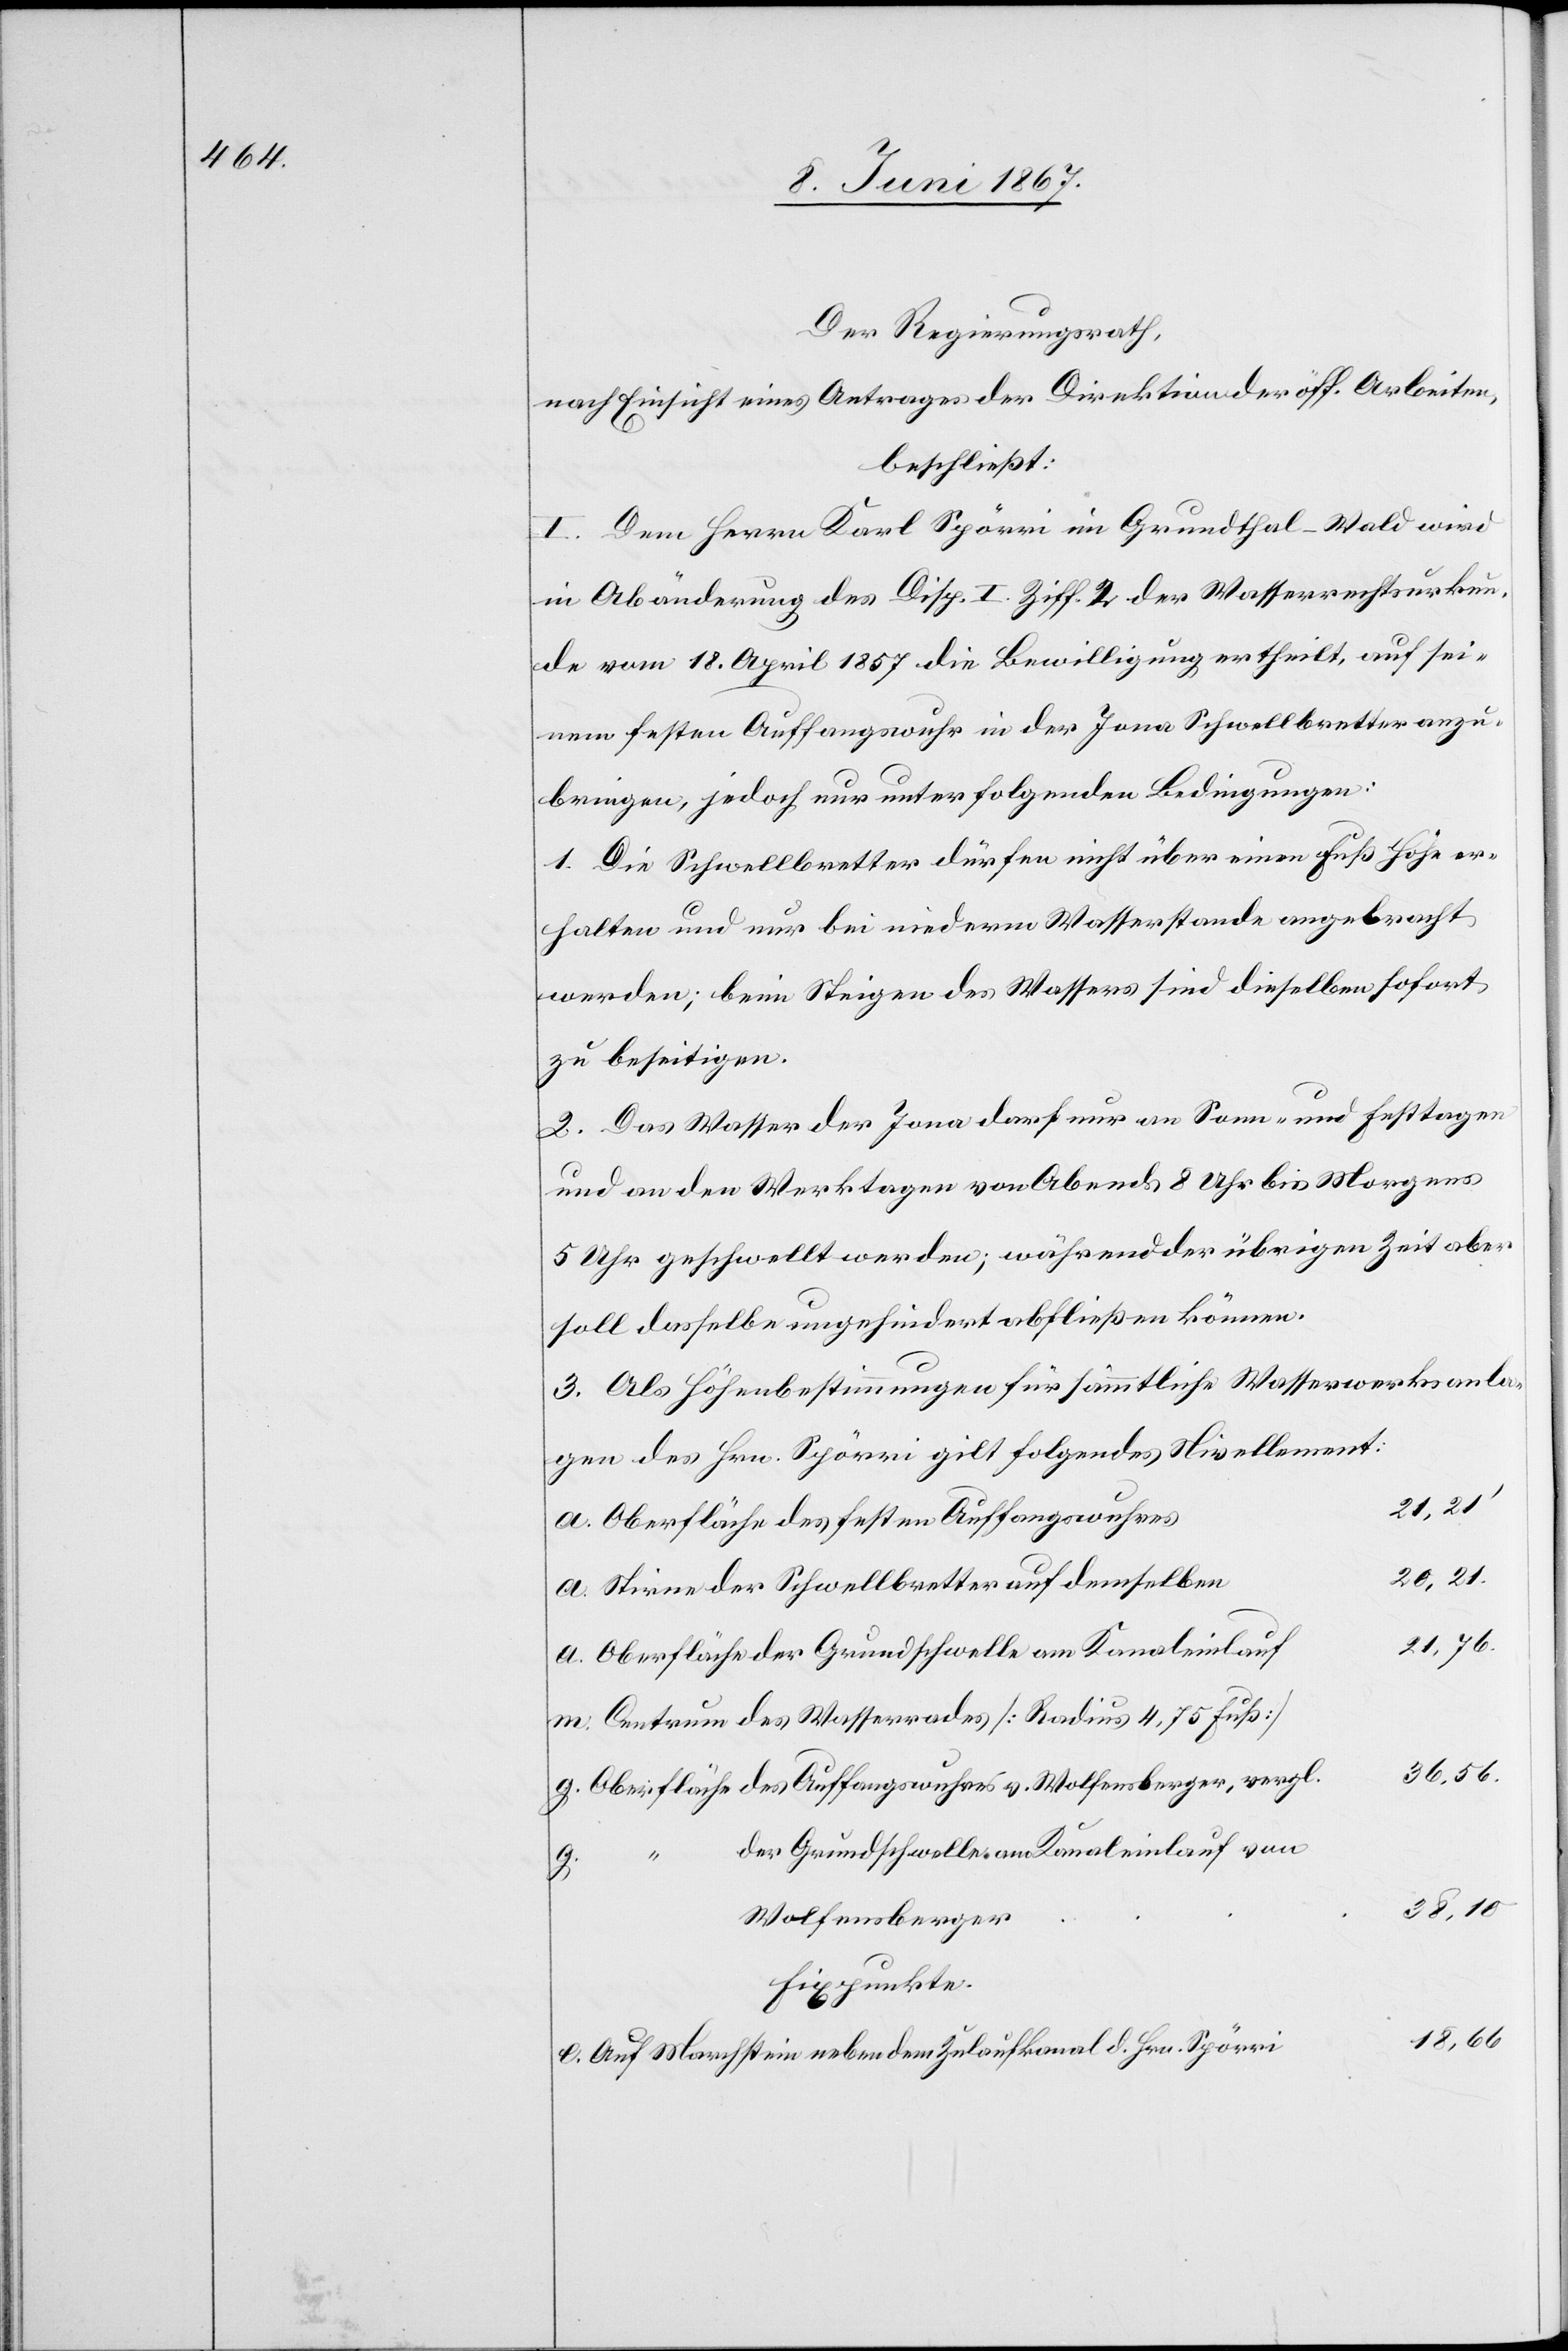
Der Regierungsrath,
nach Einsicht eines Antrages der Direktion der öff. Arbeiten,
beschließt:
I. Dem Herren Karl Spörri im Grundthal-Wald wird
in Abänderung des Disp. I. Ziff. 2 der Wasserrechtsurkun¬
de vom 18. April 1857 die Bewilligung ertheilt, auf sei¬
nem festen Auffangswuhr in der Jona Schwellbretter anzu¬
bringen, jedoch nur unter folgenden Bedingungen:
1. Die Schwellbretter dürfen nicht über einen Fuß Höhe er¬
halten und nur bei niederm Wasserstande angebracht
werden; beim Steigen des Wassers sind dieselben sofort
zu beseitigen.
2. Das Wasser der Jona darf nur an Sonn- und Festtagen
und an den Werktagen von Abends 8 Uhr bis Morgens
5 Uhr geschwellt werden; während der übrigen Zeit aber
soll dasselbe ungehindert abfließen können.
3. Als Höhenbestimmungen für sämmtliche Wasserwerksanla¬
gen des Hrn. Spörri gilt folgendes Nivellement:
i			18,
a.	Oberfläche des festen Auffangswuhre¬
s						21,
a.	Stirne der Schwellbretter auf demselbe¬
l.		36,
a.	Oberfläche der Grundschwelle am Kanaleinlau¬
m.	Centrum des Wasserrades [Radius 4, 75 Fuß]
g. 	Oberfläche des Auffangswuhres v. Wolfensberger verg¬
der Grundschwelle am Kanaleinlauf von
56.
r	38, 10
Wolfensberge¬
Fixpunkte.
e. 	Auf Marchstein neben dem Zulaufkanal d. Hrn. Spörr¬